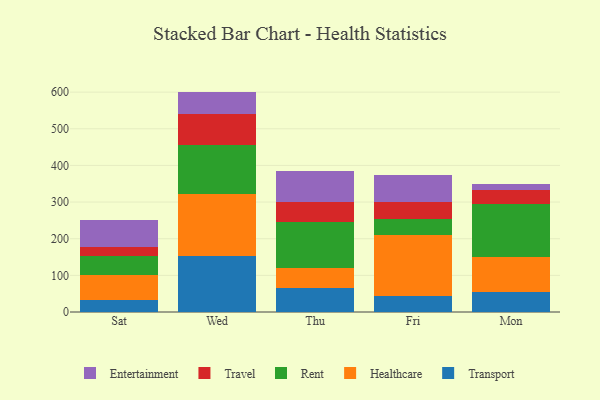
{"axis": {"x": "Day", "y": "Net Income (USD K)"}, "legend": ["Entertainment", "Healthcare", "Rent", "Transport", "Travel"], "data": [{"x": "Sat", "y": 32.8, "type": "Transport"}, {"x": "Sat", "y": 69.4, "type": "Healthcare"}, {"x": "Sat", "y": 51.3, "type": "Rent"}, {"x": "Sat", "y": 23.4, "type": "Travel"}, {"x": "Sat", "y": 74.8, "type": "Entertainment"}, {"x": "Wed", "y": 154.0, "type": "Transport"}, {"x": "Wed", "y": 168.0, "type": "Healthcare"}, {"x": "Wed", "y": 132.8, "type": "Rent"}, {"x": "Wed", "y": 86.4, "type": "Travel"}, {"x": "Wed", "y": 60.3, "type": "Entertainment"}, {"x": "Thu", "y": 66.8, "type": "Transport"}, {"x": "Thu", "y": 53.0, "type": "Healthcare"}, {"x": "Thu", "y": 125.6, "type": "Rent"}, {"x": "Thu", "y": 54.7, "type": "Travel"}, {"x": "Thu", "y": 85.8, "type": "Entertainment"}, {"x": "Fri", "y": 44.4, "type": "Transport"}, {"x": "Fri", "y": 165.6, "type": "Healthcare"}, {"x": "Fri", "y": 43.3, "type": "Rent"}, {"x": "Fri", "y": 46.4, "type": "Travel"}, {"x": "Fri", "y": 74.9, "type": "Entertainment"}, {"x": "Mon", "y": 54.9, "type": "Transport"}, {"x": "Mon", "y": 95.1, "type": "Healthcare"}, {"x": "Mon", "y": 144.7, "type": "Rent"}, {"x": "Mon", "y": 39.4, "type": "Travel"}, {"x": "Mon", "y": 15.4, "type": "Entertainment"}]}